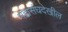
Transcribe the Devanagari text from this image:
महासंघदेखील